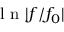
\mathrm { ~ l ~ n ~ } | f / f _ { 0 } |